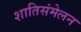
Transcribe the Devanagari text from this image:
शातिसंमेलन